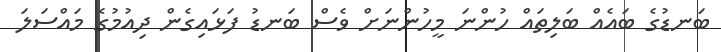
ބަނޑުގެ ބައެއް ބަލިތައް ހުންނަ މީހުންނަށް ވެސް ބަނޑު ފަޅައިގެން ދިއުމުގެ މައްސަލަ